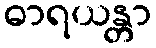
ဓာရယန္တာ